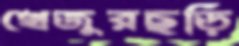
খেজুরছড়ি